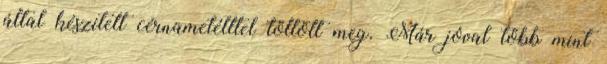
által készített cérnametélttel töltött meg. Már jóval több mint